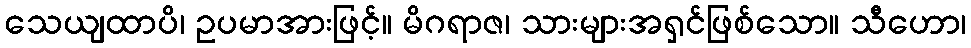
သေယျထာပိ၊ ဥပမာအားဖြင့်။ မိဂရာဇ၊ သားများအရှင်ဖြစ်သော။ သီဟော၊